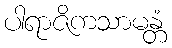
ပါရာဇိကသာမန္တံ